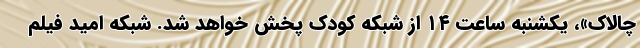
چالاک»، یکشنبه ساعت ۱۴ از شبکه کودک پخش خواهد شد. شبکه امید فیلم